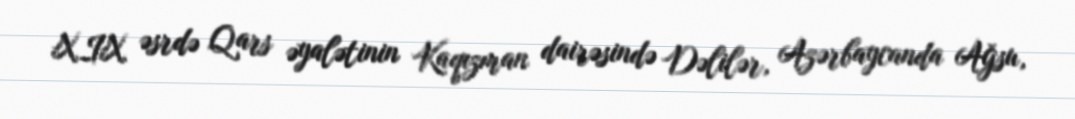
XIX əsrdə Qars əyalətinin Kaqızman dairəsində Dəlilər, Azərbaycanda Ağsu,